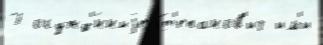
7 осужд'́нныjе Ст'епанов'ич им'и